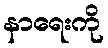
နာရေးကို